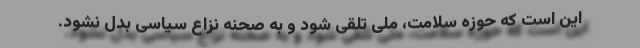
این است که حوزه سلامت، ملی تلقی شود و به صحنه نزاع سیاسی بدل نشود.